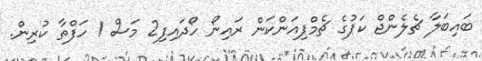
ބައިބަލާ ޗެލެންޖް ކަޕުގެ ޗެމްޕިއަންކަން ރައިނޯ ހޯދައިފި2 މަސް 1 ހަފްތާ ކުރިން.